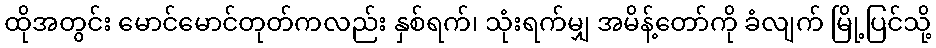
ထိုအတွင်း မောင်မောင်တုတ်ကလည်း နှစ်ရက်၊ သုံးရက်မျှ အမိန့်တော်ကို ခံလျက် မြို့ပြင်သို့